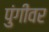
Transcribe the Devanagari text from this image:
पुंगीवर